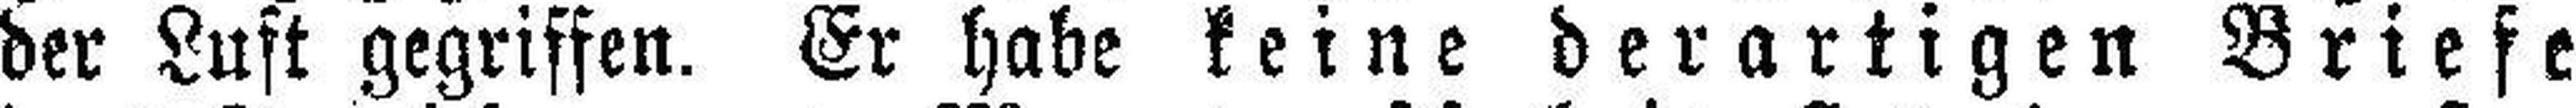
der Luft gegriffen. Er habe keine derartigen Briefe